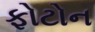
ફોટોન